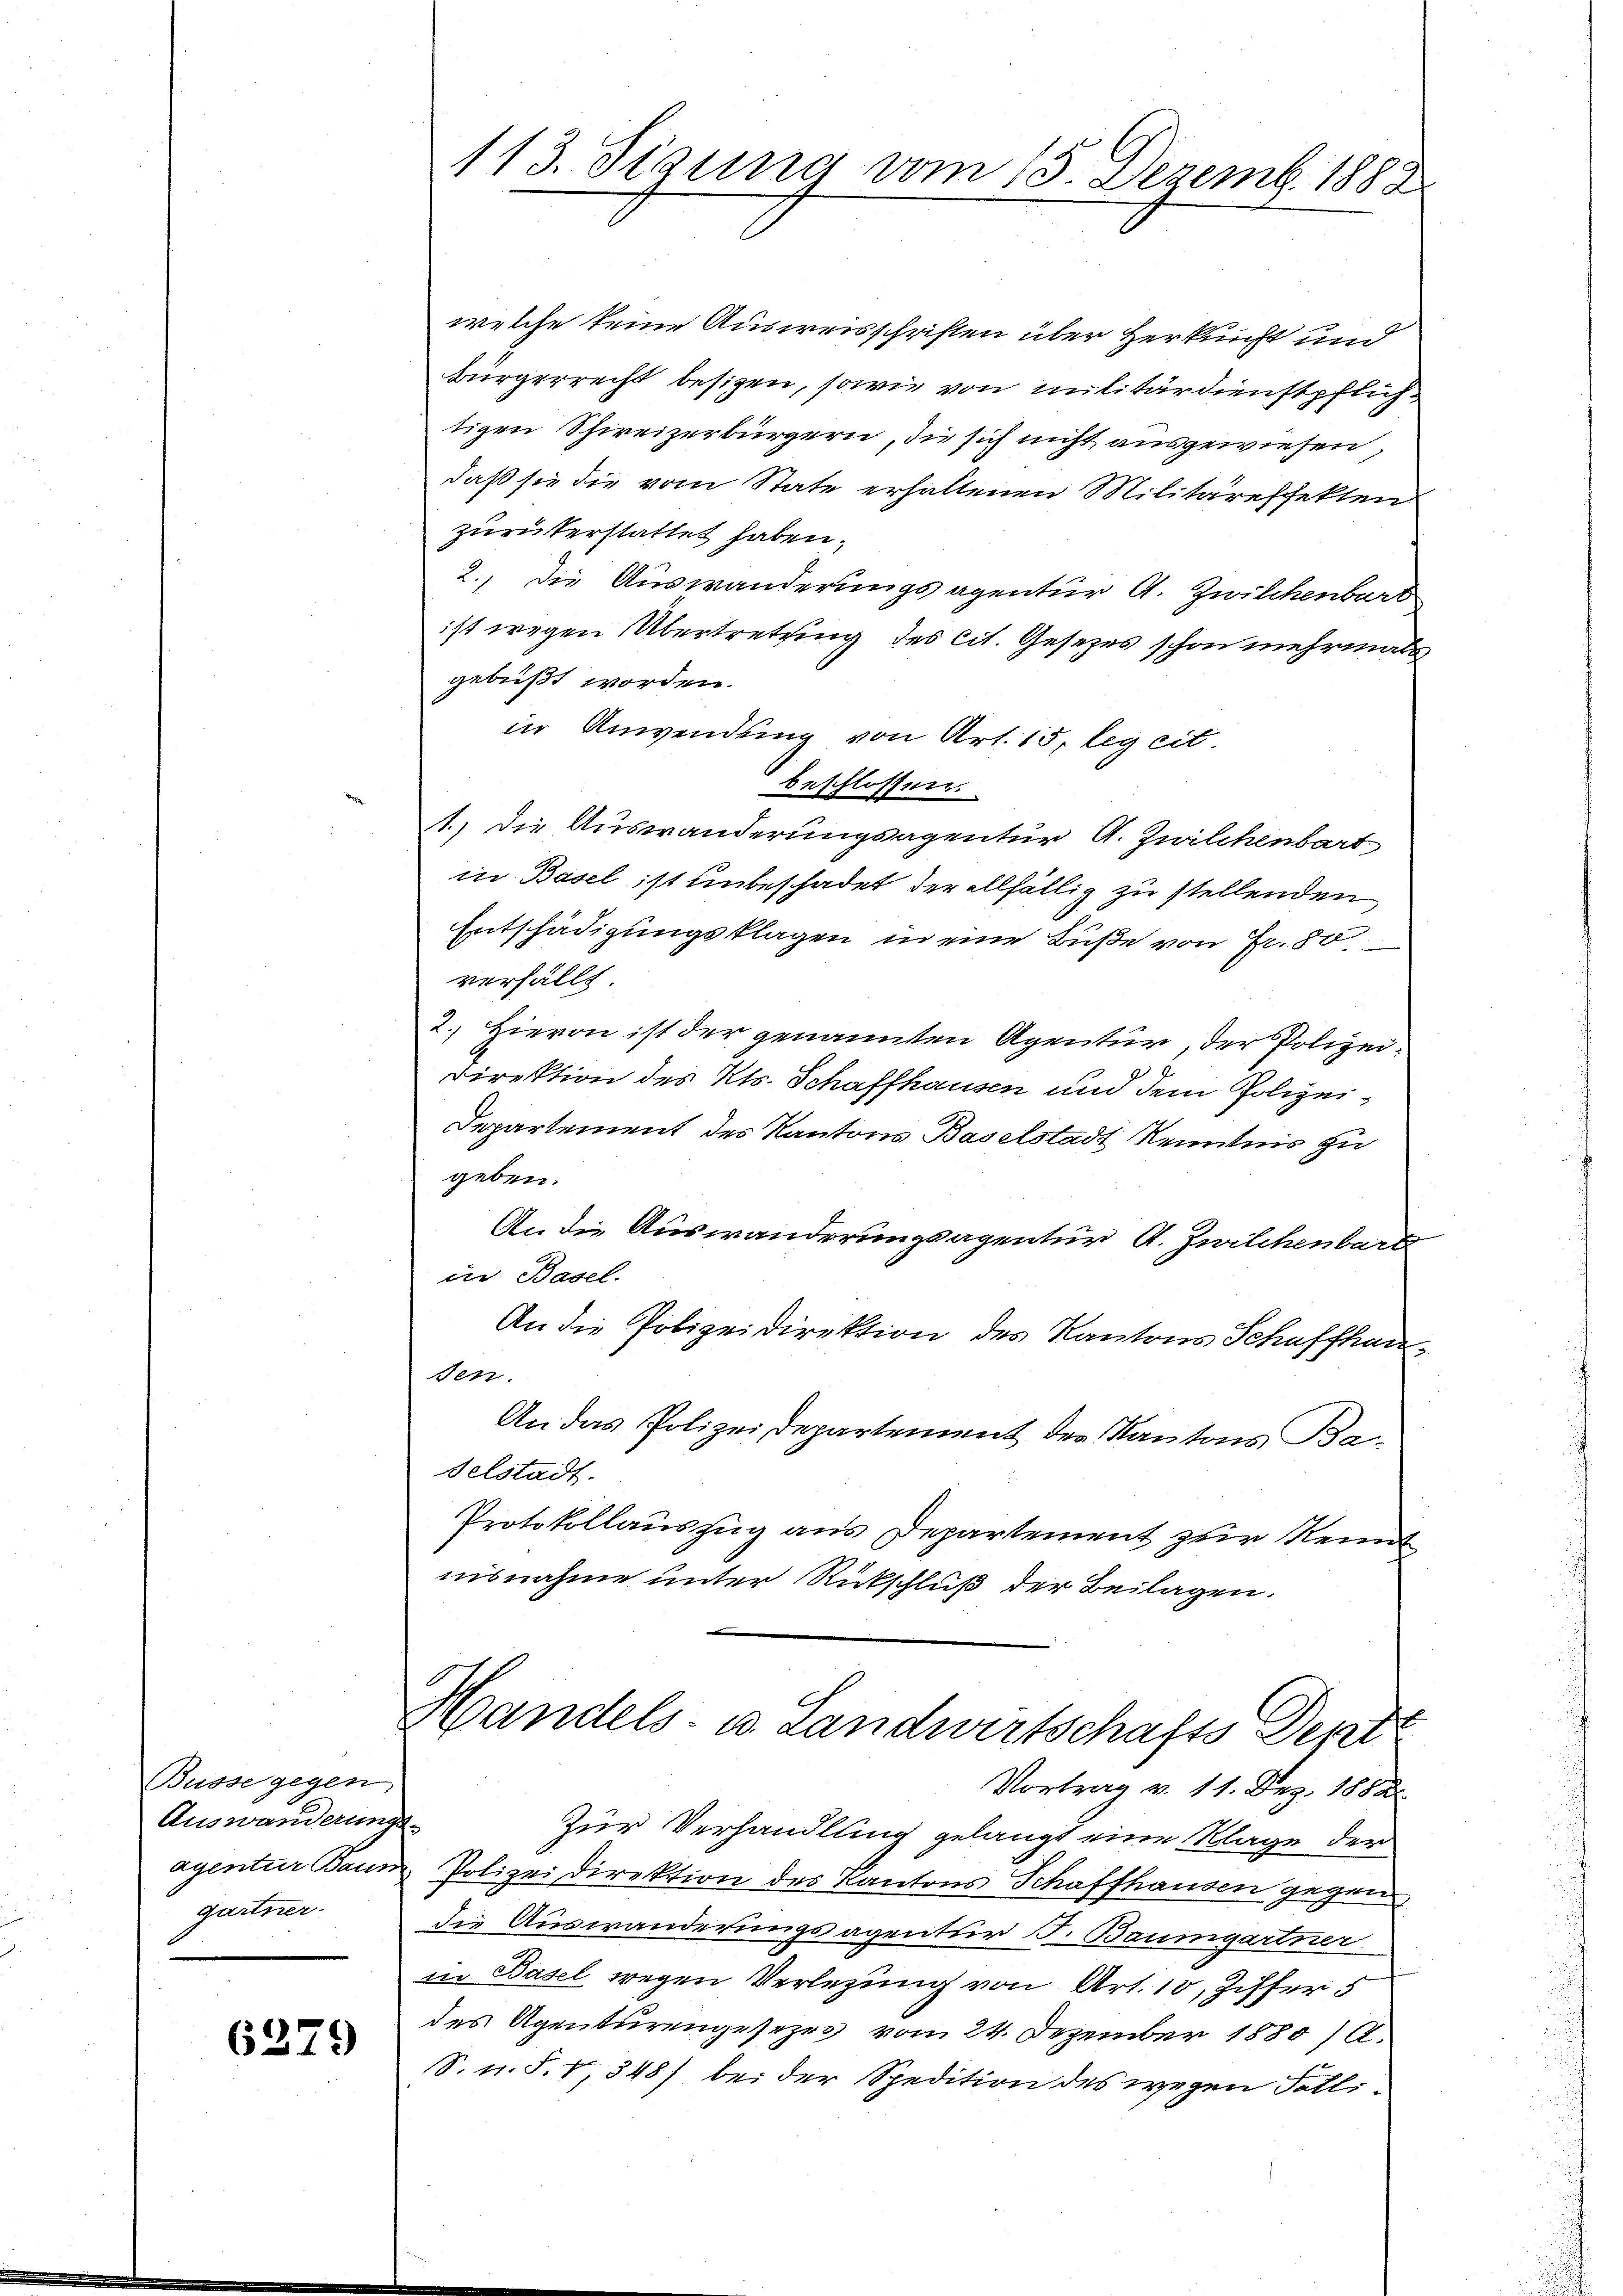
Busse gegen,
Auswanderung
agentur Baur.
gartner-

6379

113. Sigung vom 15. Dezemb. 1888

welche keine Ausweisschriften über Herkunft und
bürgerrecht besizen, sowie von militärdienstpflichtigen Schireizerbürgern, die sich nicht ausgewiesen,
daß sie die vom State erhaltenen Militäreffekten
zurükerstattet haben.
2., die Auswanderungsagentur A. Zwilchenbart
ist wegen Übertretting des cit. Gesezes schon mehrmals
gebüßt worden.
in Anwendung von Art. 15, leg eit.
beschlossen:
1.) Die Auswanderungsagentur A. Zwilchenbart
in Basel ist unbeschadet der allfällig zu stellenden
Entschädigungsklagen in eine Buße von Fr. 80
verfällt
2.) Hievon ist der genannten Agentur, der Polizei¬
Direktion des Kts. Schaffhausen und dem Polizei¬
Departement des Kantons Baselstadt Kenntnis zu
geben.
An die Auswanderungsagentur, A. Zwilchenbard
in Basel.
An die Polizeidirektion des Kantons Schaffhausen.
An das Polizeidepartement des Kantons Ba
delstadt.
Protokollauszug aus Departement zur Kennt
nisnahme unter Rückschluß der Beilagen.
Handels- u. Landwirtschafts Dept
Vortrag v. 11. Dez. 1888.
3
Zur Verhandlung gelangt eine Klage der
Polizeidirektion des Kantons Schaffhausen gegen
die Auswanderungsagentur J. Baumgartner
in Basel wegen Verlegung von Art. 10, Ziffer 5
des Agenturengesezes vom 24. Dezember 1880 /A.
S. n. F. 1, 348) bei der Spedition des wegen Falli¬